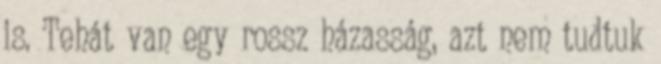
is. Tehát van egy rossz házasság, azt nem tudtuk